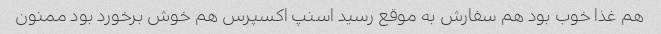
هم غذا خوب بود هم سفارش به موقع رسید اسنپ اکسپرس هم خوش برخورد بود ممنون